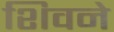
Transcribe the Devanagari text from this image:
शिवने